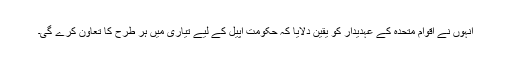
انہوں نے اقوام متحدہ کے عہدیدار کو یقین دلایا کہ حکومت اپیل کے لیے تیاری میں ہر طرح کا تعاون کرے گی۔